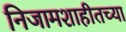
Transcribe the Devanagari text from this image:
निजामशाहीतच्या